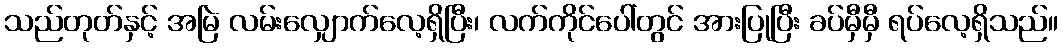
သည်တုတ်နှင့် အမြဲ လမ်းလျှောက်လေ့ရှိပြီး၊ လက်ကိုင်ပေါ်တွင် အားပြုပြီး ခပ်မှီမှီ ရပ်လေ့ရှိသည်။